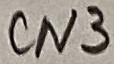
Text: CN3